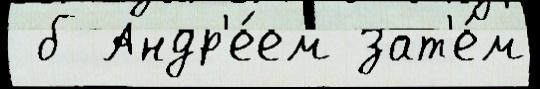
 б Андр'е́ем зат'е́м